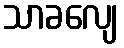
သာခလျေ